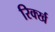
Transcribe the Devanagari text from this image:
रिर्क्ख